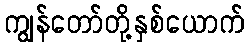
ကျွန်တော်တို့နှစ်ယောက်